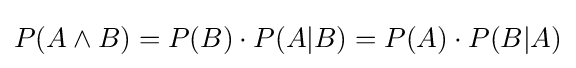
P(A\land B)=P(B)\cdot P(A|B)=P(A)\cdot P(B|A)